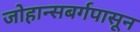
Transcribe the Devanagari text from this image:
जोहान्सबर्गपासून